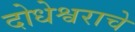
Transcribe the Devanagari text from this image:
दोधेश्वराचे